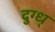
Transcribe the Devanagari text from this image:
दुग्ध्